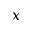
x